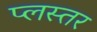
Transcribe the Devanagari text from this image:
प्लस्तर